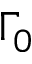
\Gamma _ { 0 }